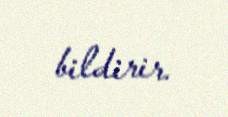
bildirir.